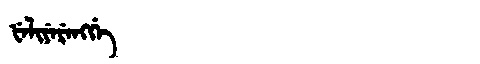
Manchu: ᡶᡝᠯᡳᠶᡝᡵᡝᠩᡤᡝ
Romanization: FELIYERENGGE